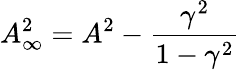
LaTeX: A_{\infty}^{2}=A^{2}-\frac{\gamma^{2}}{1-\gamma^{2}}